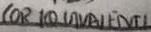
Text: (OR EQUIVALENT)